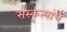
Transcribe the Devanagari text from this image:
संस्कृत्यांचे